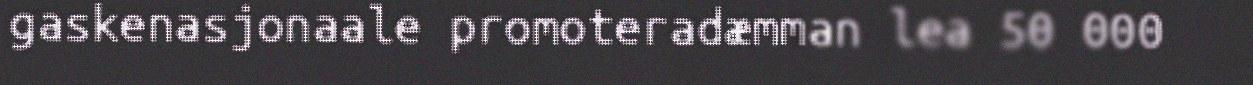
gaskenasjonaale promoteradæmman lea 50 000